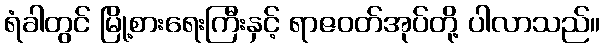
ရံခါတွင် မြို့စားရေးကြီးနှင့် ရာဇဝတ်အုပ်တို့ ပါလာသည်။